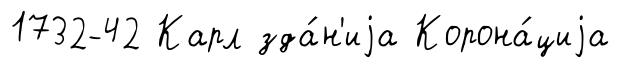
1732-42 Карл зда́н'иjа Корона́циjа